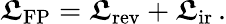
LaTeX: \boldsymbol{\mathfrak{L}}_{\mathrm{{FP}}}=\boldsymbol{\mathfrak{L}}_{\mathrm{{rev}}}+\boldsymbol{\mathfrak{L}}_{\mathrm{{ir}}}\, .